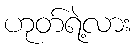
ဟုတ်ရဲ့လား